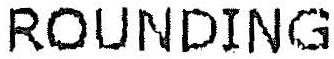
ROUNDING